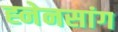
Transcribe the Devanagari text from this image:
ह्नेनसांग